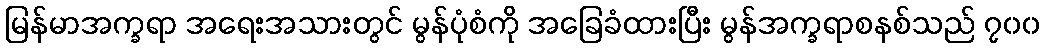
မြန်မာအက္ခရာ အရေးအသားတွင် မွန်ပုံစံကို အခြေခံထားပြီး မွန်အက္ခရာစနစ်သည် ၇၀၀